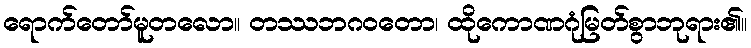
ရောက်တော်မူတလော။ တဿဘဂဝတော၊ ထိုကောဏဂုံမြတ်စွာဘုရား၏။